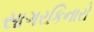
સાગરકિનારો